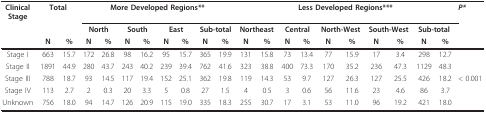
<table><thead><tr><td><b>ClinicalStage</b></td><td colspan="2"><b>Total</b></td><td colspan="8"><b>More Developed Regions**</b></td><td colspan="10"><b>Less Developed Regions***</b></td><td><b><i>P*</i></b></td></tr><tr><td>[EMPTY_CELL]</td><td>[EMPTY_CELL]</td><td>[EMPTY_CELL]</td><td colspan="2"><b>North</b></td><td colspan="2"><b>South</b></td><td colspan="2"><b>East</b></td><td colspan="2"><b>Sub-total</b></td><td colspan="2"><b>Northeast</b></td><td colspan="2"><b>Central</b></td><td colspan="2"><b>North-West</b></td><td colspan="2"><b>South-West</b></td><td colspan="2"><b>Sub-total</b></td><td>[EMPTY_CELL]</td></tr><tr><td>[EMPTY_CELL]</td><td><b>N</b></td><td><b>%</b></td><td><b>N</b></td><td><b>%</b></td><td><b>N</b></td><td><b>%</b></td><td><b>N</b></td><td><b>%</b></td><td><b>N</b></td><td><b>%</b></td><td><b>N</b></td><td><b>%</b></td><td><b>N</b></td><td><b>%</b></td><td><b>N</b></td><td><b>%</b></td><td><b>N</b></td><td><b>%</b></td><td><b>N</b></td><td><b>%</b></td><td>[EMPTY_CELL]</td></tr></thead><tbody><tr><td>Stage I</td><td>663</td><td>15.7</td><td>172</td><td>26.8</td><td>98</td><td>16.2</td><td>95</td><td>15.7</td><td>365</td><td>19.9</td><td>131</td><td>15.8</td><td>73</td><td>13.4</td><td>77</td><td>15.9</td><td>17</td><td>3.4</td><td>298</td><td>12.7</td><td>[EMPTY_CELL]</td></tr><tr><td>Stage II</td><td>1891</td><td>44.9</td><td>280</td><td>43.7</td><td>243</td><td>40.2</td><td>239</td><td>39.4</td><td>762</td><td>41.6</td><td>323</td><td>38.8</td><td>400</td><td>73.3</td><td>170</td><td>35.2</td><td>236</td><td>47.3</td><td>1129</td><td>48.3</td><td>[EMPTY_CELL]</td></tr><tr><td>Stage III</td><td>788</td><td>18.7</td><td>93</td><td>14.5</td><td>117</td><td>19.4</td><td>152</td><td>25.1</td><td>362</td><td>19.8</td><td>119</td><td>14.3</td><td>53</td><td>9.7</td><td>127</td><td>26.3</td><td>127</td><td>25.5</td><td>426</td><td>18.2</td><td>&lt; 0.001</td></tr><tr><td>Stage IV</td><td>113</td><td>2.7</td><td>2</td><td>0.3</td><td>20</td><td>3.3</td><td>5</td><td>0.8</td><td>27</td><td>1.5</td><td>4</td><td>0.5</td><td>3</td><td>0.6</td><td>56</td><td>11.6</td><td>23</td><td>4.6</td><td>86</td><td>3.7</td><td>[EMPTY_CELL]</td></tr><tr><td>Unknown</td><td>756</td><td>18.0</td><td>94</td><td>14.7</td><td>126</td><td>20.9</td><td>115</td><td>19.0</td><td>335</td><td>18.3</td><td>255</td><td>30.7</td><td>17</td><td>3.1</td><td>53</td><td>11.0</td><td>96</td><td>19.2</td><td>421</td><td>18.0</td><td>[EMPTY_CELL]</td></tr></tbody></table>